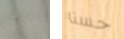
كيف حسنا